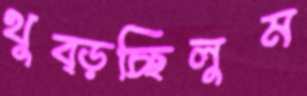
থুব্‌ড়চ্ছিলুম